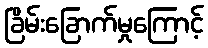
ခြိမ်းခြောက်မှုကြောင့်